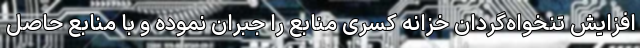
افزایش تنخواه‌گردان خزانه کسری منابع را جبران نموده و با منابع حاصل